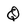
Character: Q